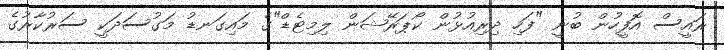
ރައީސް އޮފީހުން ބުނީ "ފަހި ދިރިއުޅުން ކޯޕަރޭޝަން ލިމިޓެޑް"ގެ މައިގަނޑު މަގުސަދަކީ ސަރުކާރުގެ